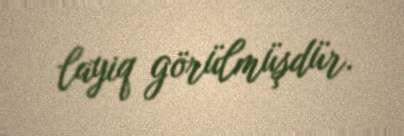
layiq görülmüşdür.